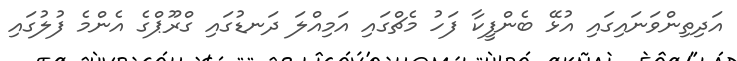
އަދިތިންވަނައިގައި އުޅޭ ބެންފީކާ ފަހު މެޗްގައި އަމިއްލަ ދަނޑުގައި ގްރޫޕްގެ އެންމެ ފުލުގައި